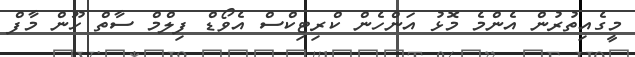
މީގެއިތުރުން އެންމެ މޮޅު އަންހެން ކްރިޓިކްސް އެވޯޑް ފިލްމް ސާތް ހޫން މާފް